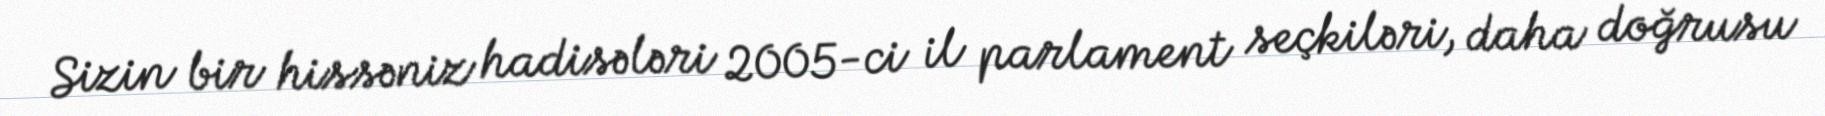
Sizin bir hissəniz hadisələri 2005-ci il parlament seçkiləri, daha doğrusu